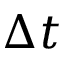
\Delta t